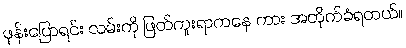
ဖုန်းပြောရင်း လမ်းကို ဖြတ်ကူးရာကနေ ကား အတိုက်ခံရတယ်။